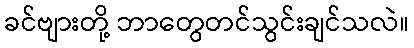
ခင်ဗျားတို့ ဘာတွေတင်သွင်းချင်သလဲ။